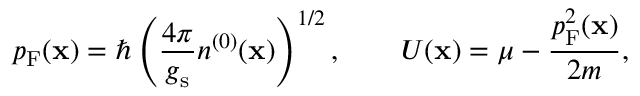
p _ { \mathrm { F } } ( \mathbf { x } ) = \hbar \left( \frac { 4 \pi } { g _ { \mathrm { s } } } n ^ { ( 0 ) } ( \mathbf { x } ) \right) ^ { 1 / 2 } , \qquad U ( \mathbf { x } ) = \mu - \frac { p _ { \mathrm { F } } ^ { 2 } ( \mathbf { x } ) } { 2 m } ,